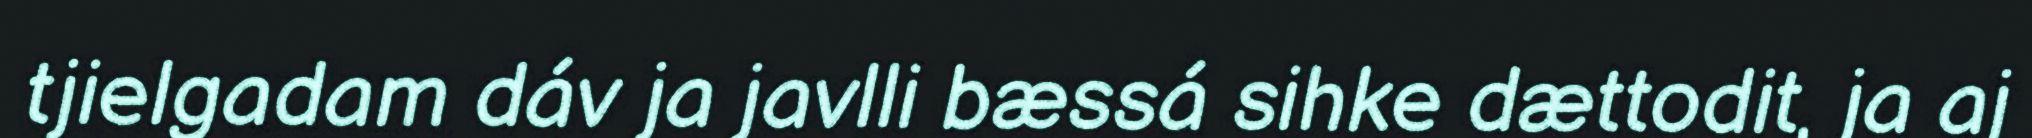
tjielgadam dáv ja javlli bæssá sihke dættodit, ja aj